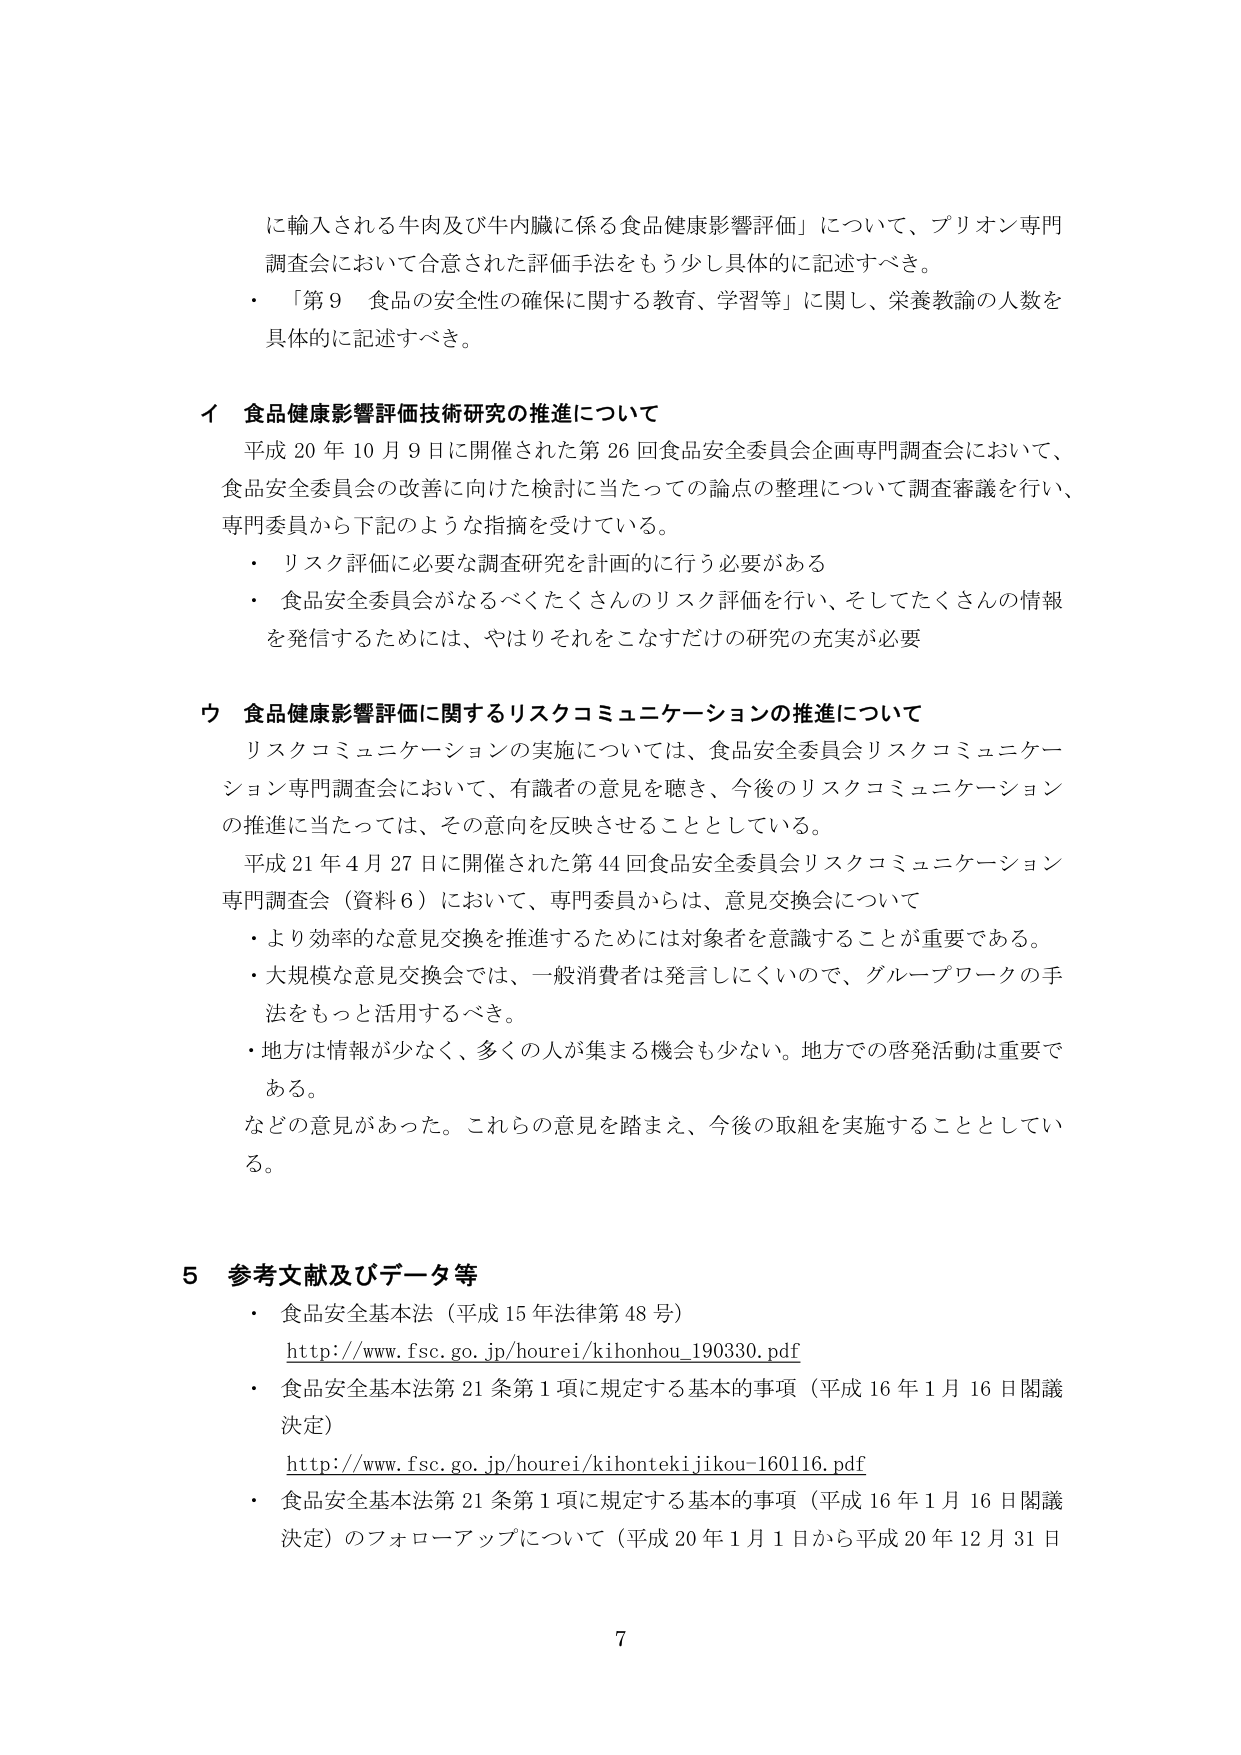
に輸入される牛肉及び牛内臓に係る食品健康影響評価」について、プリオン専門調査会において合意された評価手法をもう少し具体的に記述すべき。

・「第９ 食品の安全性の確保に関する教育、学習等」に関し、栄養教諭の人数を具体的に記述すべき。

イ 食品健康影響評価技術研究の推進について

平成20年10月9日に開催された第26回食品安全委員会企画専門調査会において、食品安全委員会の改善に向けた検討に当たっての論点の整理について調査審議を行い、専門委員から下記のような指摘を受けている。

・リスク評価に必要な調査研究を計画的に行う必要がある

・食品安全委員会がなるべくたくさんのリスク評価を行い、そしてたくさんの情報を発信するためには、やはりそれをこなすだけの研究の充実が必要

ウ 食品健康影響評価に関するリスクコミュニケーションの推進について

リスクコミュニケーションの実施については、食品安全委員会リスクコミュニケーション専門調査会において、有識者の意見を聴き、今後のリスクコミュニケーションの推進に当たっては、その意向を反映させることとしている。

平成21年4月27日に開催された第44回食品安全委員会リスクコミュニケーション専門調査会（資料6）において、専門委員からは、意見交換会について

・より効率的な意見交換を推進するためには対象者を意識することが重要である。

・大規模な意見交換会では、一般消費者は発言しにくいので、グループワークの手法をもっと活用するべき。

・地方は情報が少なく、多くの人が集まる機会も少ない。地方での啓発活動は重要である。

などの意見があった。これらの意見を踏まえ、今後の取組を実施することとしている。

5 参考文献及びデータ等

・食品安全基本法（平成15年法律第48号）
http://www.fsc.go.jp/hourei/kihonhou_190330.pdf

・食品安全基本法第21条第1項に規定する基本的事項（平成16年1月16日閣議決定）
http://www.fsc.go.jp/hourei/kihontekijikou-160116.pdf

・食品安全基本法第21条第1項に規定する基本的事項（平成16年1月16日閣議決定）のフォローアップについて（平成20年1月1日から平成20年12月31日

7